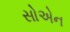
સોએન